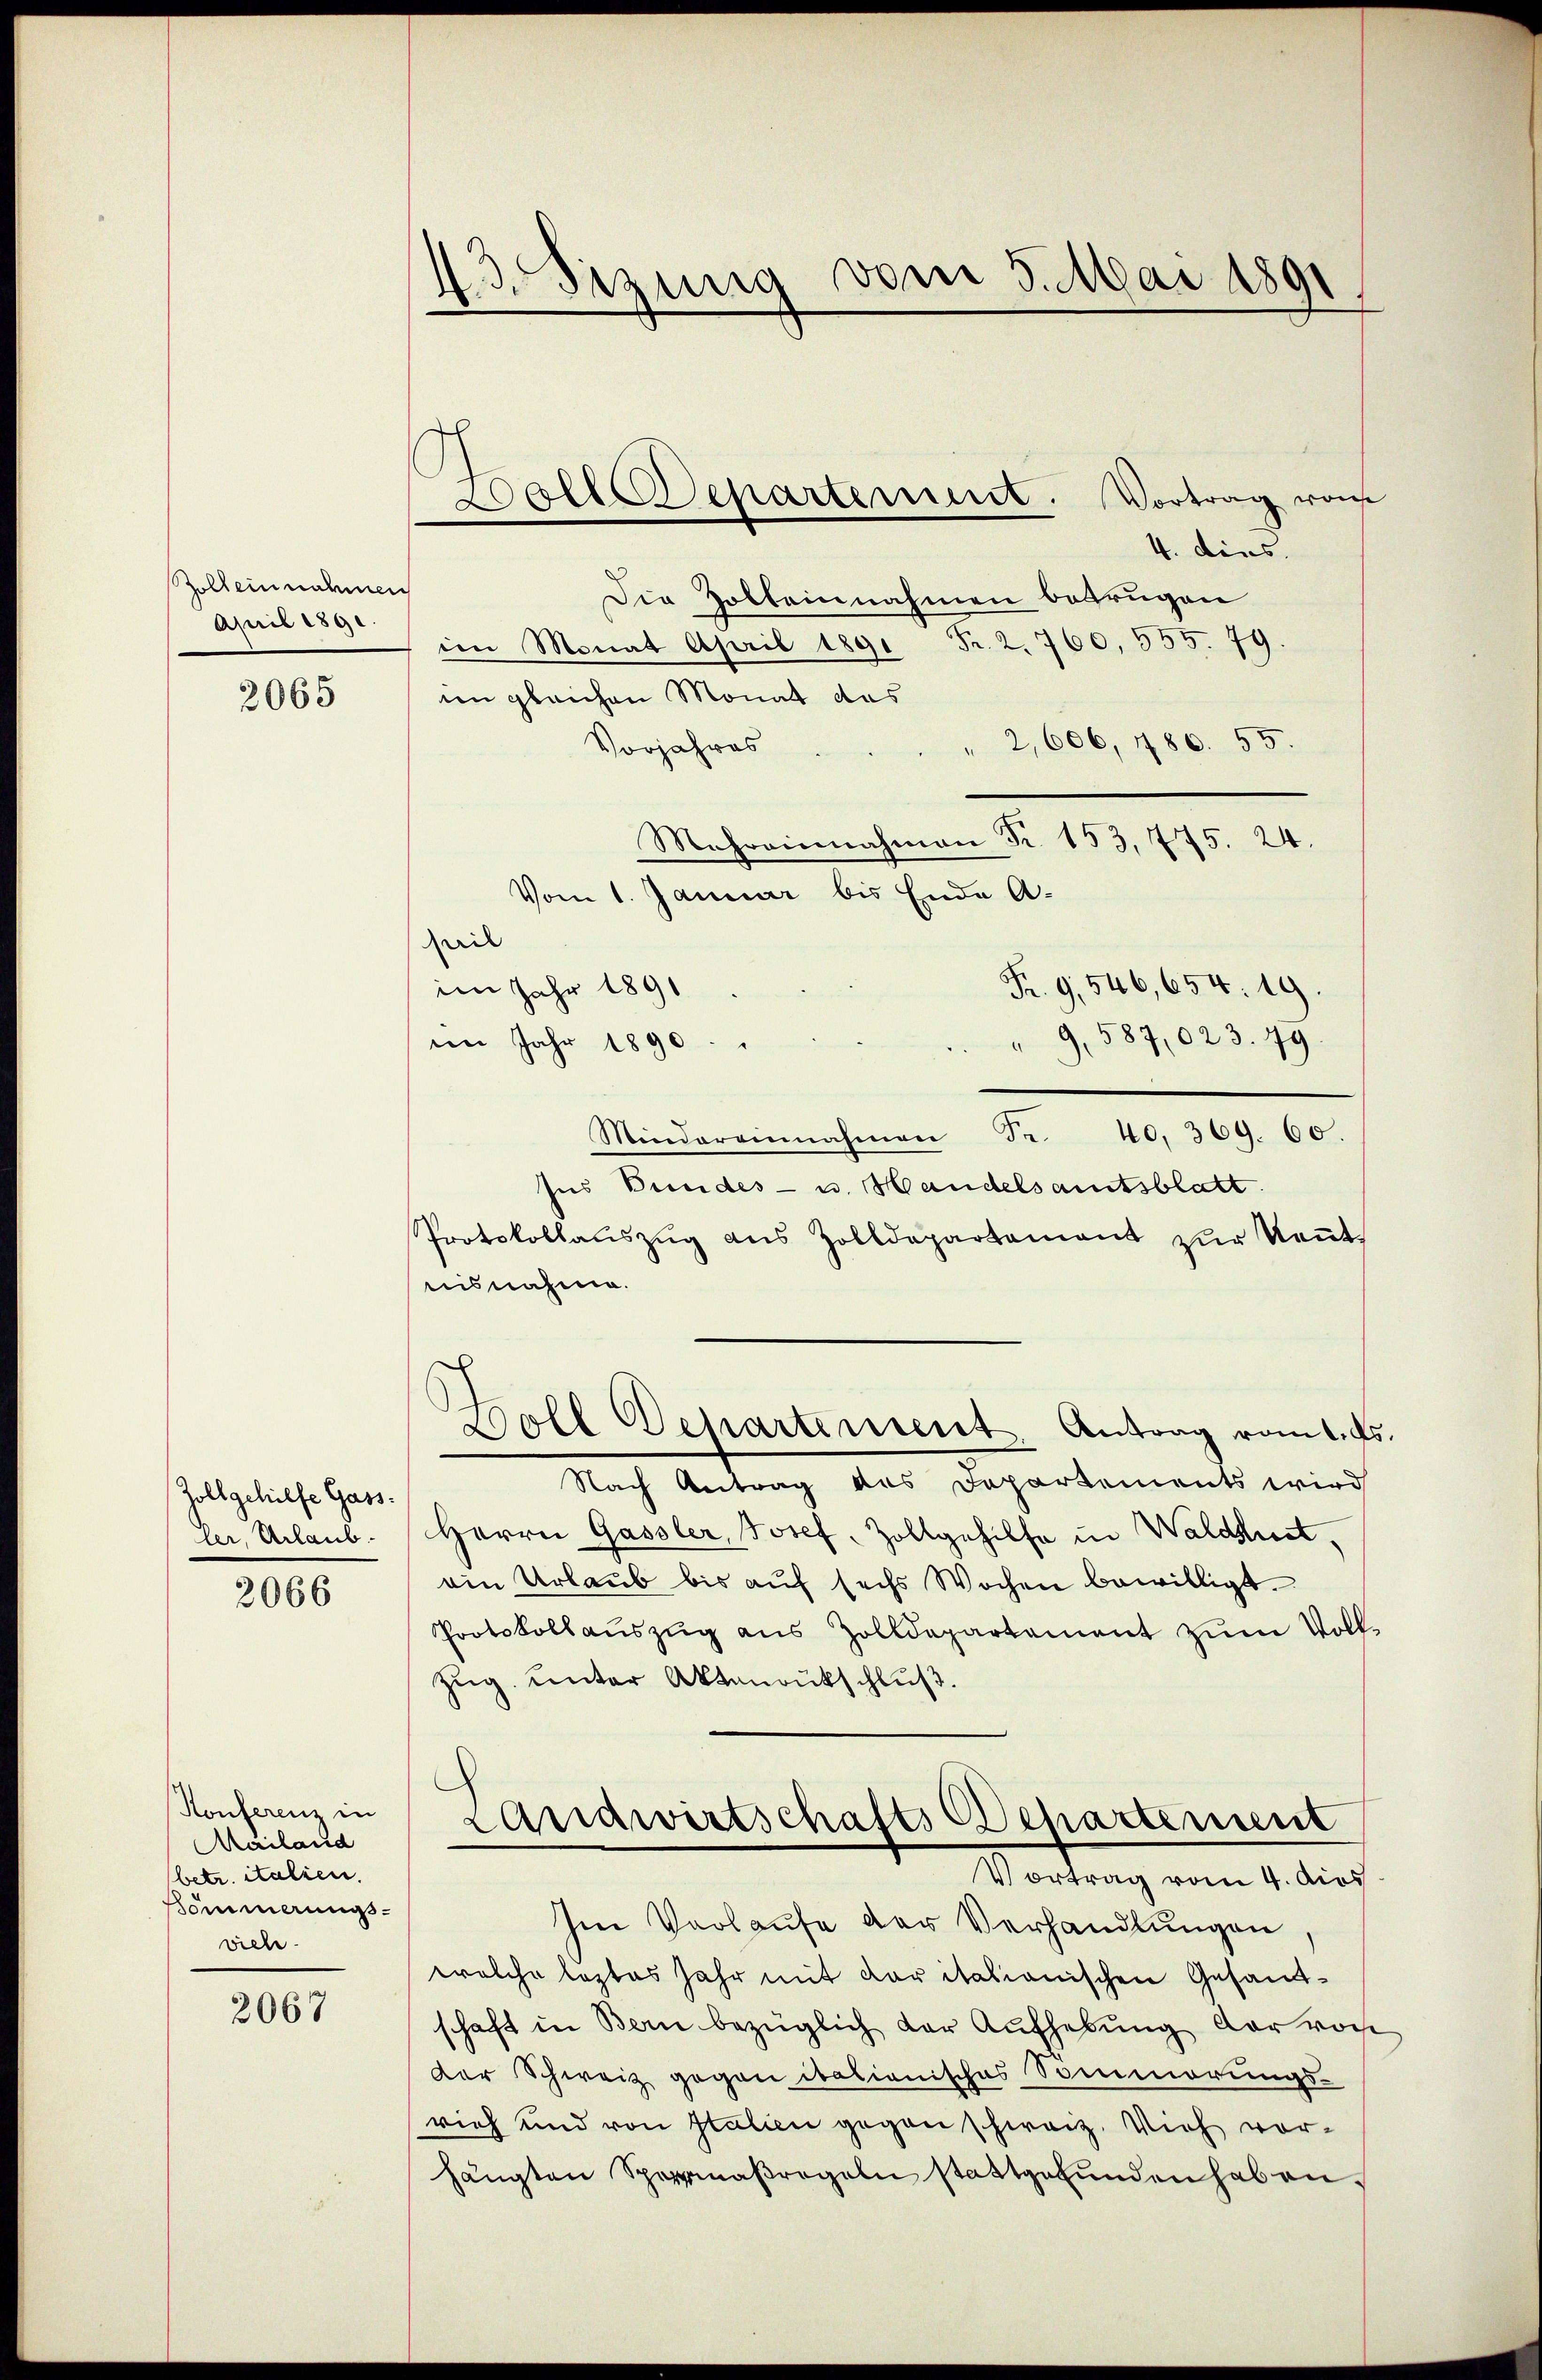
Zoll einnahmen
April 1891.

2065

Zoll gehilfe Gassler, Urlaub¬

2066

Konferenz in
Mailand
betr. italien.
ömmerungsviele.

2067

43. Sizung vom 5. Mai 1891

Wolldepartement. Vortrag von

4. dies
Die Holbeinnahmen betrugen
io Monat April 1891 Fr. 2. 760, 555. 79.
im gleichen Monat das
" 2,606, 486. 55.
Vorjahres
Mehrainnahmen Fr. 153, 775. 24.
Vom 1. Januar bis Ende A.
heil
Fr. 9, 546, 654. 19.
im Jahr 1891
9,587,023. 79.
im Jahr 1890.
Mindereinnahmen Fr. 40. 369. 60.
Ins Bundes- u. Handelsamtsblatt.
Protokollaŭszŭg aŭs Zolldepartement zŭr Keṅt
nisnahme.
Woll Departement. Antrag vom 1. ds
Nach Antrag des Departements wird
Herrn Gassler, Josef, Zollgehilfe in Waldshut,
ein Urlaub bis auf sechs Wochen bewilligt.
Protokollauszug aus Zolldepartement zum Vollzug. unter Aktenrutschluß.
Landwirtschafts Departement
Vortrag vom 4. dies
Im Verlaufe der Verhandlungen
welche leztes Jahr mit daritationischen Gesandschaft in Bern bezüglich der Aufhebung der von
der Schweiz gegen itationisches Sommerungs-
vieh und von Italien gegen schweiz. Vieh vorhängten Sparmaβregeln stattgefŭnden haben,